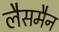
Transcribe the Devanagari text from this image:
लैसमैन